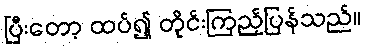
ပြီးတော့ ထပ်၍ တိုင်းကြည့်ပြန်သည်။